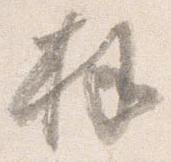
拝